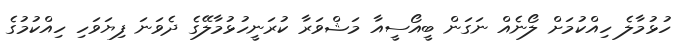
ހުޅުމާލެ ހިއްކުމަށް ލޯނެއް ނަގަން ބީއޯސީއާ މަޝްވަރާ ކުރަނީހުޅުމާލޭގެ ދެވަނަ ފިޔަވަހި ހިއްކުމުގެ